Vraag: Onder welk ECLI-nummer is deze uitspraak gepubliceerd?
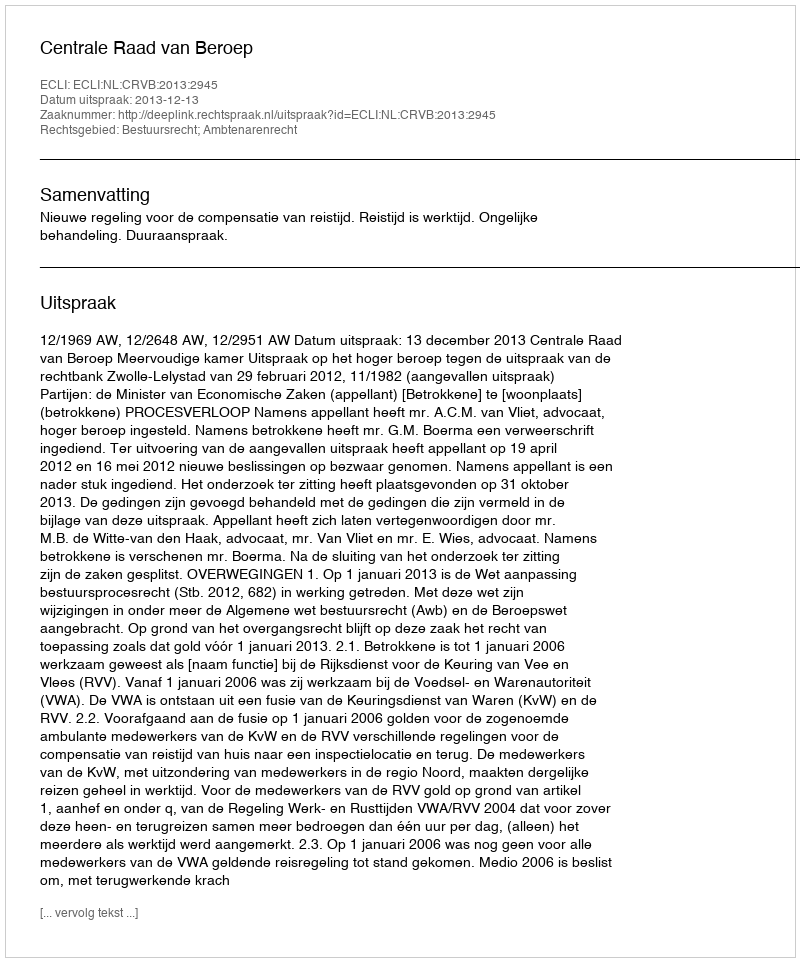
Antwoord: ECLI:NL:CRVB:2013:2945